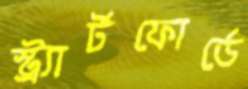
স্ট্র্যার্টফোর্ডে